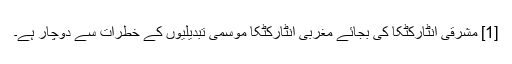
[1] مشرقی انٹارکٹکا کی بجائے مغربی انٹارکٹکا موسمی تبدیلیوں کے خطرات سے دوچار ہے۔